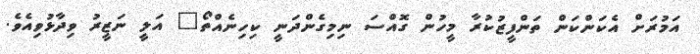
އަމުރަށް އެކަންކަން ތަންފީޒުކުރާ މީހުން ގޮއްސަ ނިމިގެންދަނީ ކިހިނެއްތޯ" އަލީ ނަޒީރު ވިދާޅުވިއެވެ.